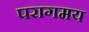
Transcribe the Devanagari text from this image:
परागमय